Scottish Leaving Certificate Examination, 1958
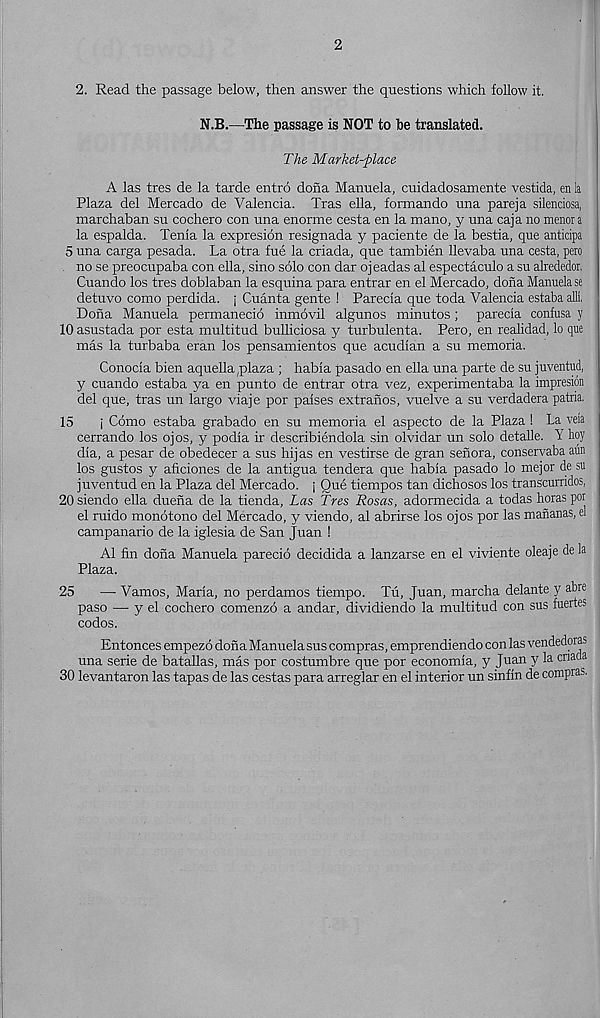
2
2. Read the passage below, then answer the questions which follow it.
N.B.—The passage is NOT to be translated.
The Market-place
A las tres de la tarde entro dona Manuela, cuidadosamente vestida, en la
Plaza del Mercado de Valencia. Tras ella, formando una pareja silendosa,
marchaban su cochero con una enorme cesta en la mano, y una caja no menora
la espalda. Tenia la expresion resignada y paciente de la bestia, que antidpa
5 una carga pesada. La otra fue la criada, que tambien llevaba una cesta, pero
no se preocupaba con ella, sino solo con dar ojeadas al espectaculo a su alrededor,
Cuando los tres doblaban la esquina para entrar en el Mercado, dona Manuela se
detuvo como perdida. | Cuanta gente ! Parecia que toda Valencia estaba alii.
Dona Manuela permanecio inmovil algunos minutos ; parecia confusa y
10 asustada por esta multitud bulliciosa y turbulenta. Pero, en realidad, lo que
mas la turbaba eran los pensamientos que acudian a su memoria.
Conocia bien aquella,plaza ; habia pasado en ella una parte de su juventud,
y cuando estaba ya en punto de entrar otra vez, experimentaba la impresion
del que, tras un largo viaje por paises extranos, vuelve a su verdadera patria.
15
j Como estaba grabado en su memoria el aspecto de la Plaza ! La veia
cerrando los ojos, y podia ir describiendola sin olvidar un solo detalle. Y hoy
dia, a pesar de obedecer a sus hij as en vestirse de gran senora, conservaba aun
los gustos y aficiones de la antigua tendera que habia pasado lo mejor de su
juventud en la Plaza del Mercado, j Que tiempos tan dichosos los transcurridos,
20 siendo ella duena de la tienda, Las Tres Rosas, adormecida a todas horas por
el ruido monotono del Mercado, y viendo, al abrirse los ojos por las mananas, a
campanario de la iglesia de San Juan !
Al fin dona Manuela parecio decidida a lanzarse en el viviente oleaje de la
Plaza.
25
— Vamos, Maria, no perdamos tiempo. Tu, Juan, marcha delante y abre
paso — y el cochero comenzo a andar, dividiendo la multitud con sus fuertes
codos.
Entonces empezo dona Manuela sus compras, emprendiendo con las vendedoras
una serie de batallas, mas por costumbre que por economia, y Juan y la cnaoa
30 levantaron las tapas de las cestas para arreglar en el interior un sinfin de compras.